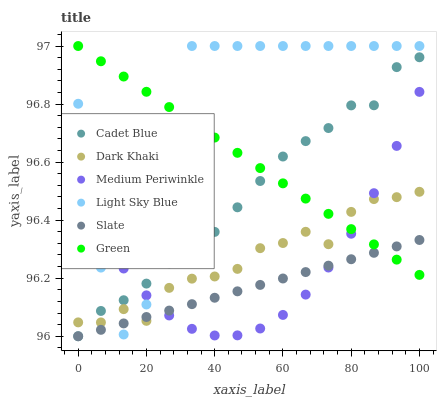
| xaxis_label | Cadet Blue | Dark Khaki | Medium Periwinkle | Light Sky Blue | Slate | Green |
 | --- | --- | --- | --- | --- | --- | --- |
 | 0 | 96 | 96 | 96.5 | 96.8 | 96 | 97 |
 | 6.67 | 96.1 | 96 | 96.3 | 96.2 | 96 | 96.9 |
 | 13.3 | 96.1 | 96.1 | 96.2 | 96 | 96 | 96.9 |
 | 20 | 96.2 | 96.1 | 96.1 | 96.1 | 96.1 | 96.8 |
 | 26.7 | 96.3 | 96.2 | 96.1 | 96.5 | 96.1 | 96.8 |
 | 33.3 | 96.3 | 96.2 | 96 | 97 | 96.1 | 96.7 |
 | 40 | 96.4 | 96.2 | 96 | 97 | 96.1 | 96.7 |
 | 46.7 | 96.4 | 96.2 | 96 | 97 | 96.2 | 96.6 |
 | 53.3 | 96.5 | 96.3 | 96 | 97 | 96.2 | 96.6 |
 | 60 | 96.6 | 96.3 | 96.1 | 97 | 96.2 | 96.5 |
 | 66.7 | 96.7 | 96.4 | 96.1 | 97 | 96.2 | 96.5 |
 | 73.3 | 96.7 | 96.3 | 96.2 | 97 | 96.2 | 96.4 |
 | 80 | 96.8 | 96.4 | 96.4 | 97 | 96.3 | 96.4 |
 | 86.7 | 96.8 | 96.5 | 96.5 | 97 | 96.3 | 96.3 |
 | 93.3 | 96.9 | 96.5 | 96.7 | 97 | 96.3 | 96.3 |
 | 100 | 97 | 96.5 | 96.8 | 97 | 96.3 | 96.2 |